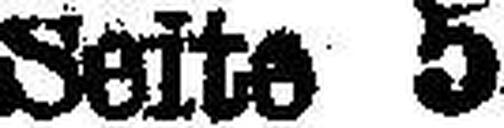
Seite 5